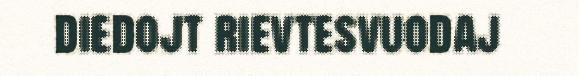
diedojt rievtesvuodaj